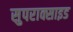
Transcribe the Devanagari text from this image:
सुपराक्साइड